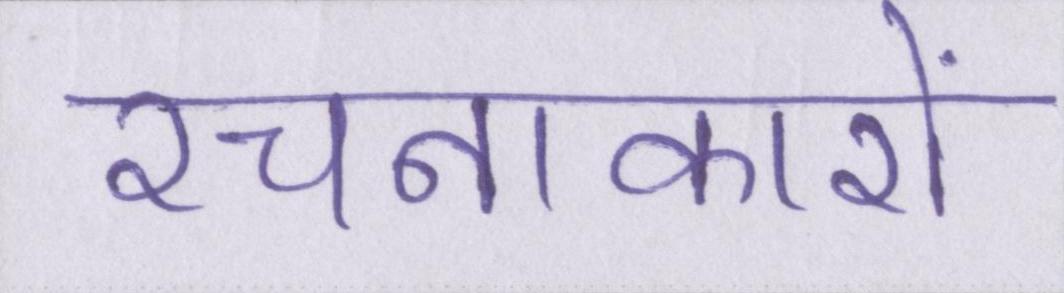
रचनाकारों